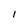
Character: I